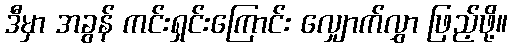
ဒီမှာ အခွန် ကင်းရှင်းကြောင်း လျှောက်လွှာ ဖြည့်ဖို့။